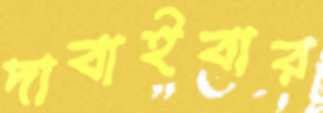
দাবাইবার